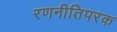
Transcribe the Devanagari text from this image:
रणनीतिपरक